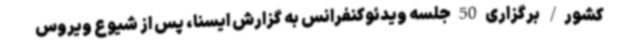
کشور/ برگزاری 50 جلسه ویدئوکنفرانس به گزارش ایسنا، پس از شیوع ویروس